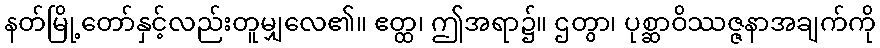
နတ်မြို့တော်နှင့်လည်းတူမျှလေ၏။ ဧတ္ထ၊ ဤအရာ၌။ ဌတွာ၊ ပုစ္ဆာဝိဿဇ္ဇနာအချက်ကို